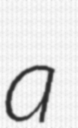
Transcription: a